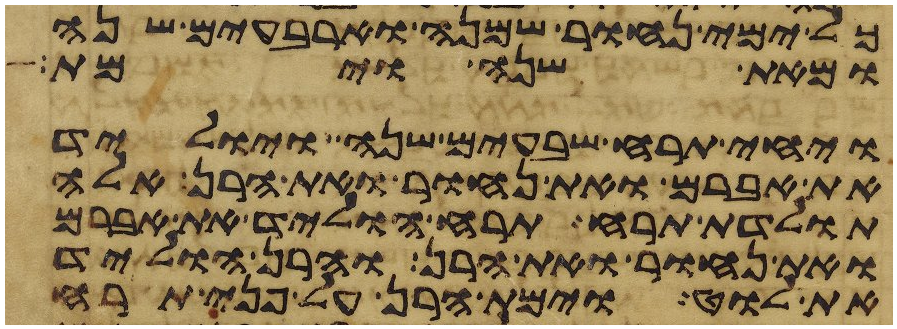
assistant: כל ימי נחור שמנה וארבעים שנה
ומאת שנה וימת
ויחי תרח שבעים שנה ויוליד
את אברם ואת נחור ואת הרן אלה
תולדת תרח תרח הוליד את אברם
ואת נחור ואת הרן והרן הוליד
את לוט וימת הרן על פני תרח